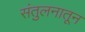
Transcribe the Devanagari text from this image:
संतुलनातून